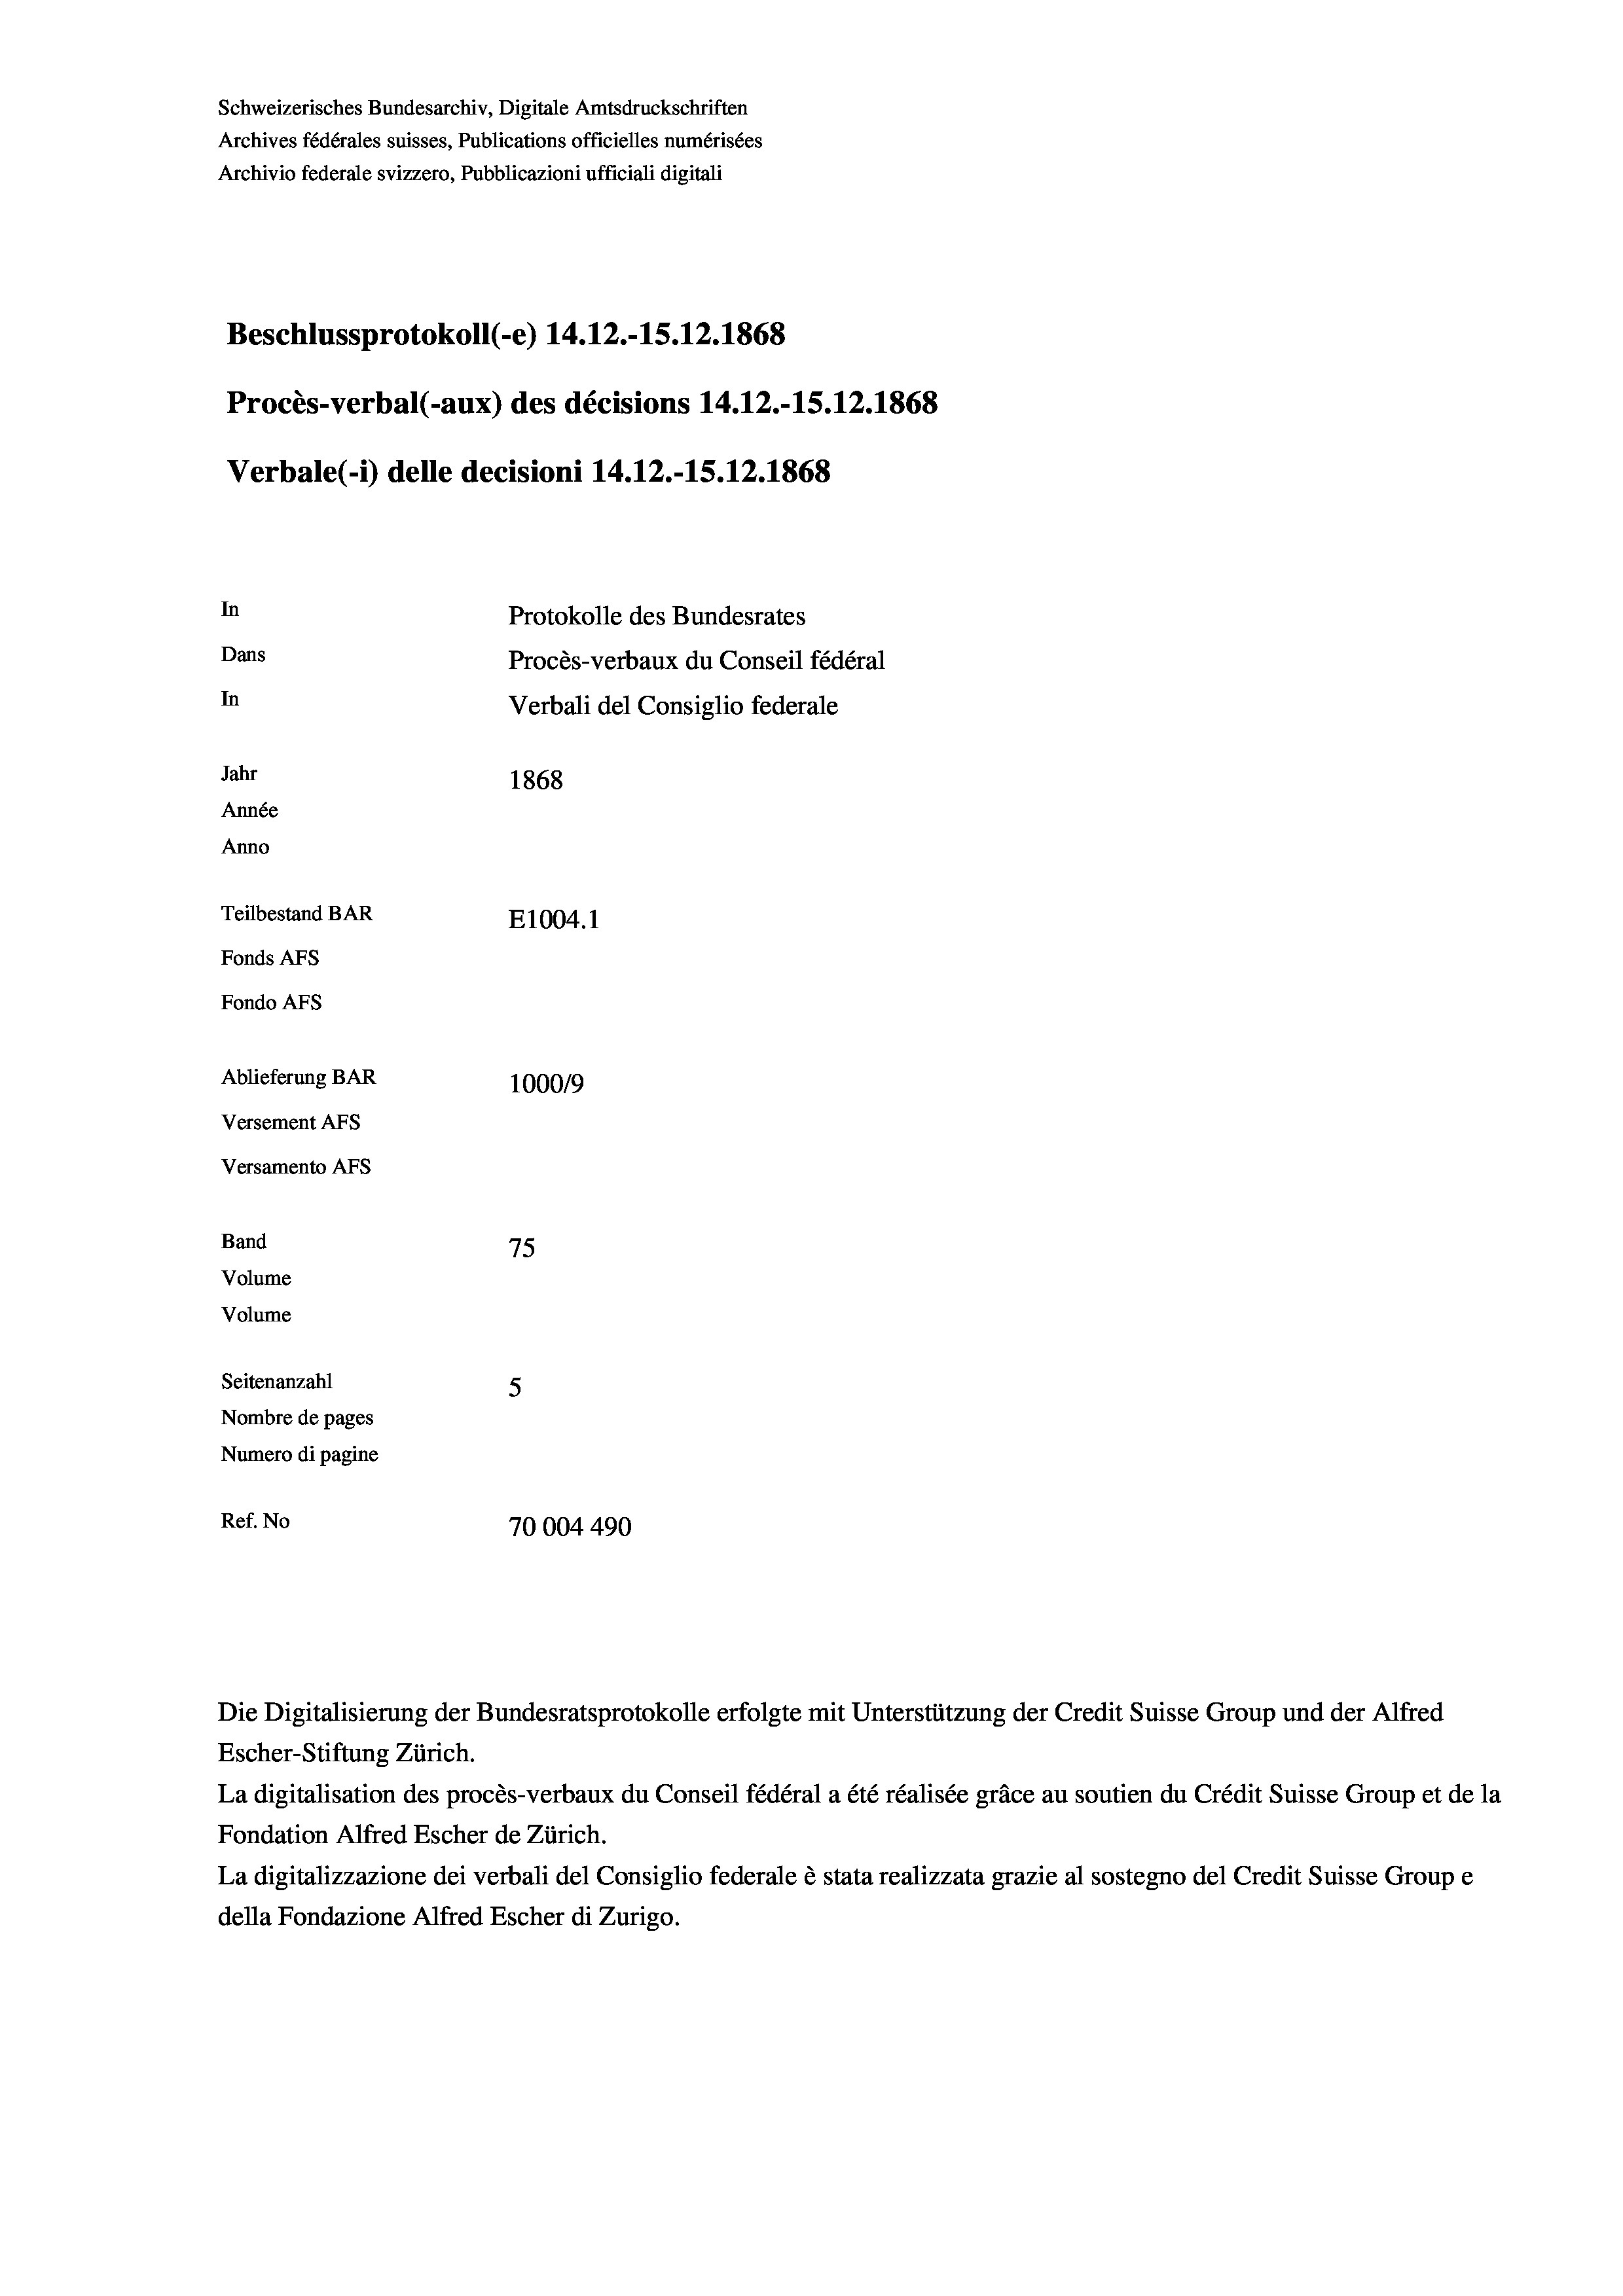
Schweizerisches Bundesarchiv, Digitale Amtsdruckschriften
Archives fédérales suisses, Publications officielles numérisées
Archivio federale svizzero, Pubblicazioni ufficiali digitali
Beschlussprotokoll (-e) 14.12.-15. 12. 1868
Procès-verbal (-aux) des décisions 14.12.-15.12.1868
Verbale (1) delle decisioni 14.12.-15.12.1868
In
Protokolle des Bundesrates
Dans
Procès-verbaux du Conseil fédéral
In
Verbali del Consiglio federale
Jahr
1868
Année
Anno
Teilbestand BAR
E1004. 1
Fonds AFs
Fondo AFs
Ablieferung BAR
100019
Versement AFs
Versamento AFs
Band
75

Volume
Volume
Seitenanzahl
5
Nombre de pages
Numero di pagine
Ref. No
70004490

Die Digitalisierung der Bundesratsprotokolle erfolgte mit Unterstützung der Credit Suisse Group und der Alfred
Escher-Stiftung Zürich.
La digitalisation des procès-verbaux du Conseil fédéral a été réalisée gräce au soutien du Crédit Suisse Group et de la
Fondation Alfred Escher de Zürich.
La digitalizzazione dei verbali del Consiglio federale è stata realizzata grazie al sostegno del Credit Suisse Groupe
della Fondazione Alfred Escher di Zurigo.